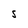
Character: S